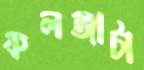
কলজাটা